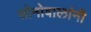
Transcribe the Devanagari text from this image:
सोनोवालांनी